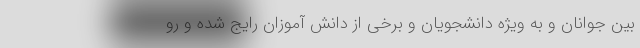
بین جوانان و به ویژه دانشجویان و برخی از دانش آموزان رایج شده و رو